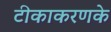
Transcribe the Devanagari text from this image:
टीकाकरणके